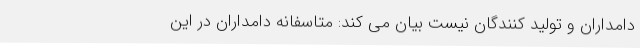
دامداران و تولید کنندگان نیست بیان می کند: متاسفانه دامداران در این